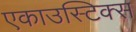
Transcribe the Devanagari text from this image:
एकाउस्टिक्स